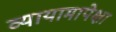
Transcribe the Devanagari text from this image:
व्यायामापेक्षा